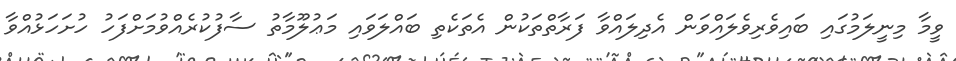
ވީމާ މިނީލަމުގައި ބައިވެރިވެލައްވަން އެދިލައްވާ ފަރާތްތަކުން އެތަކެތި ބައްލަވައި މަޢުލޫމާތު ސާފުކުރެއްވުމަށްފަހު ހުށަހަޅުއްވާ